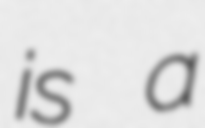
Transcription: is a